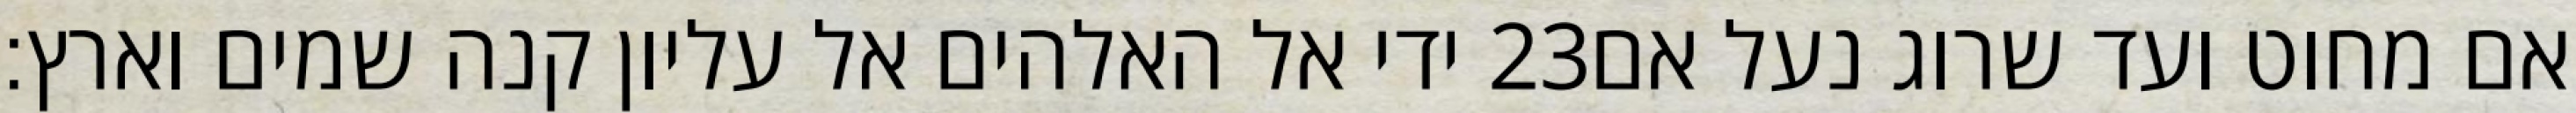
ידי אל האלהים אל עליון קנה שמים וארץ׃ ‎23‏ אם מחוט ועד שרוג נעל אם